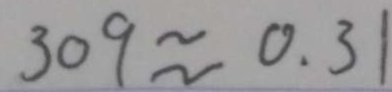
3 0 9 \approx 0 . 3 1